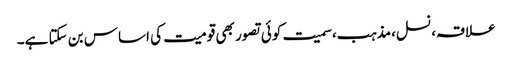
علاقہ، نسل،مذہب،سمیت کوئی تصور بھی قومیت کی اساس بن سکتا ہے۔